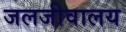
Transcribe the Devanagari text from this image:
जलजीवालय